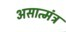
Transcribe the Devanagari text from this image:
असात्मंत्र